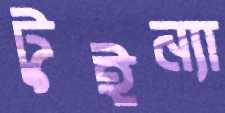
টুইন্যা